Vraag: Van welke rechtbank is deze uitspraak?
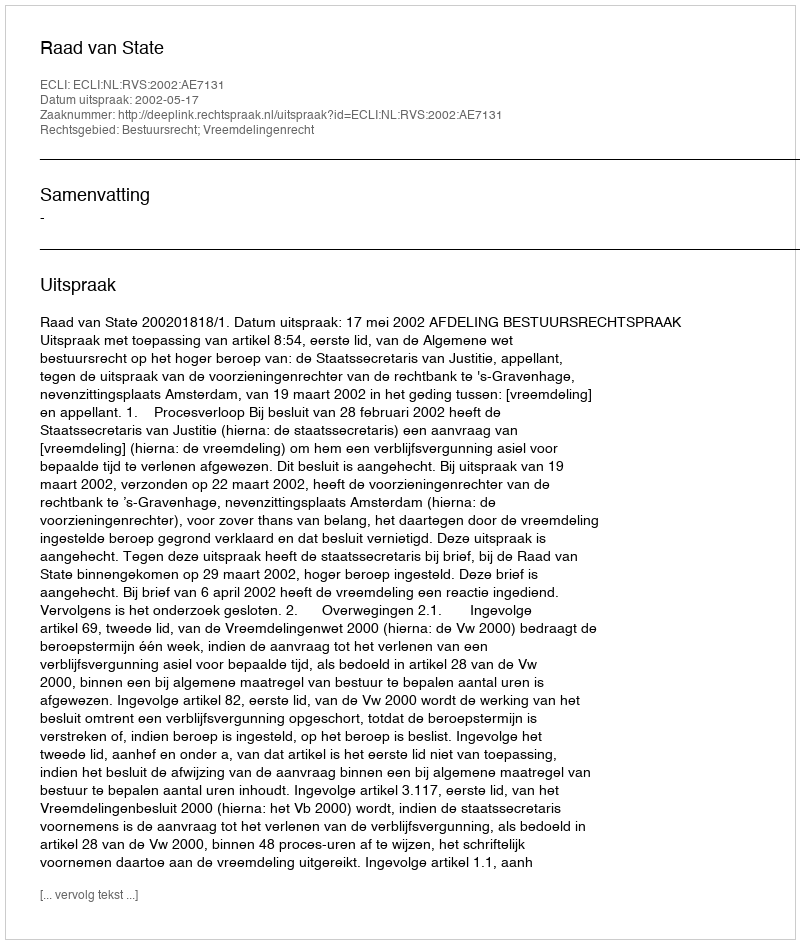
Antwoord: Raad van State